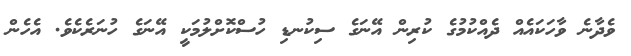
ވެދާނެ ވާހަކައެއް ދެއްކުމުގެ ކުރިން އޭނަގެ ސިކުނޑި ހުސްކޮށްލުމަކީ އޭނަގެ ހުނަރެކެވެ. އެހެން